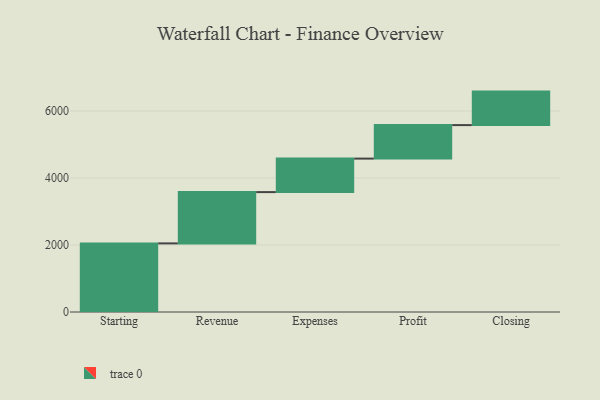
{"axis": {"x": "Step", "y": "Value"}, "legend": [""], "data": [{"x": "Starting", "y": 2048.0, "type": ""}, {"x": "Revenue", "y": 1531.0, "type": ""}, {"x": "Expenses", "y": 1000, "type": ""}, {"x": "Profit", "y": 1000, "type": ""}, {"x": "Closing", "y": 1000, "type": ""}]}